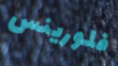
فلورينس